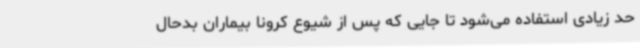
حد زیادی استفاده می‌شود تا جایی که پس از شیوع کرونا بیماران بدحال